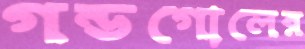
গন্ডগোলের